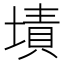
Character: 𰊜